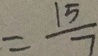
= \frac { 1 5 } { 7 }